Regulations for the medical services of the Army of India
Year: 1930
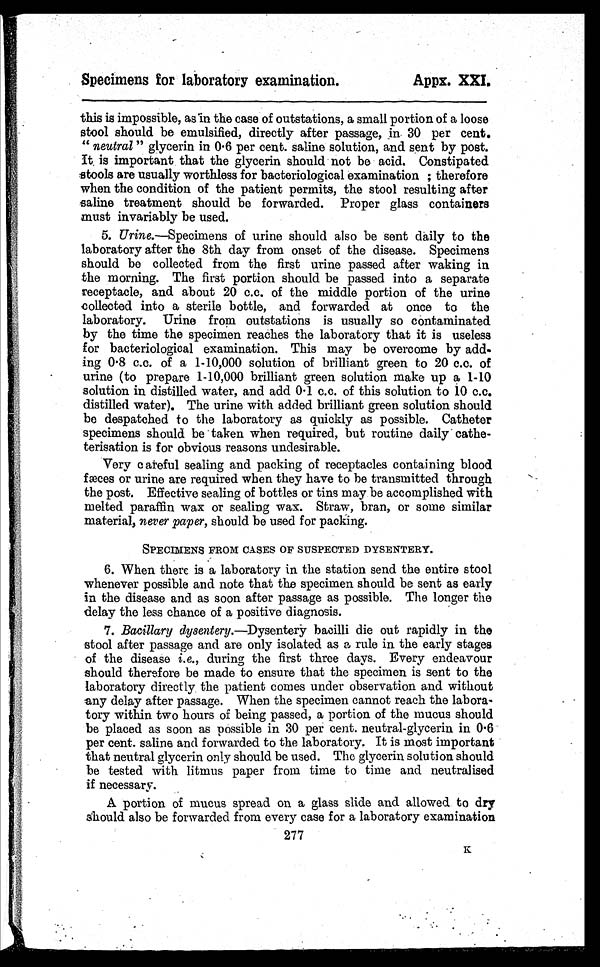
277
K
Specimens for laboratory examination.
Appx. XXI.
this is impossible, as in the case of outstations, a small portion of a loose
stool should be emulsified, directly after passage, in 30 per cent.
" neutral" glycerin in 0.6 per cent. saline solution, and sent by post.
It is important that the glycerin should not be acid. Constipated
stools are usually worthless for bacteriological examination ; therefore
when the condition of the patient permits, the stool resulting after
saline treatment should be forwarded. Proper glass containers
must invariably be used.
5. Urine.—Specimens of urine should also be sent daily to the
laboratory after the 8th day from onset of the disease. Specimens
should be collected from the first urine passed after waking in
the morning. The first portion should be passed into a separate
receptacle, and about 20 c.c. of the middle portion of the urine
collected into a sterile bottle, and forwarded at once to the
laboratory. Urine from outstations is usually so contaminated
by the time the specimen reaches the laboratory that it is useless
for bacteriological examination. This may be overcome by add-
ing 0.8 c.c. of a 1-10,000 solution of brilliant green to 20 c.c. of
urine (to prepare 1-10,000 brilliant green solution make up a 1-10
solution in distilled water, and add 0.1 c.c. of this solution to 10 c.c.
distilled water). The urine with added brilliant green solution should
be despatched to the laboratory as quickly as possible. Catheter
specimens should be taken when required, but routine daily cathe-
terisation is for obvious reasons undesirable.
Very careful sealing and packing of receptacles containing blood
fæces or urine are required when they have to be transmitted through
the post. Effective sealing of bottles or tins may be accomplished with
melted paraffin wax or sealing wax. Straw, bran, or some similar
material, never paper, should be used for packing.
SPECIMENS FROM CASES OF SUSPECTED DYSENTERY.
6. When there is a laboratory in the station send the entire stool
whenever possible and note that the specimen should be sent as early
in the disease and as soon after passage as possible. The longer the
delay the less chance of a positive diagnosis.
7. Bacillary dysentery.—Dysentery bacilli die out rapidly in the
stool after passage and are only isolated as a rule in the early stages
of the disease i.e., during the first three days. Every endeavour
should therefore be made to ensure that the specimen is sent to the
laboratory directly the patient comes under observation and without
any delay after passage. When the specimen cannot reach the labora-
tory within two hours of being passed, a portion of the mucus should
be placed as soon as possible in 30 per cent. neutral-glycerin in 0.6
per cent. saline and forwarded to the laboratory. It is mast important
that neutral glycerin only should be used. The glycerin solution should
be tested with litmus paper from time to time and neutralised
if necessary.
A portion of mucus spread on a glass slide and allowed to dry
should also be forwarded from every case for a laboratory examination